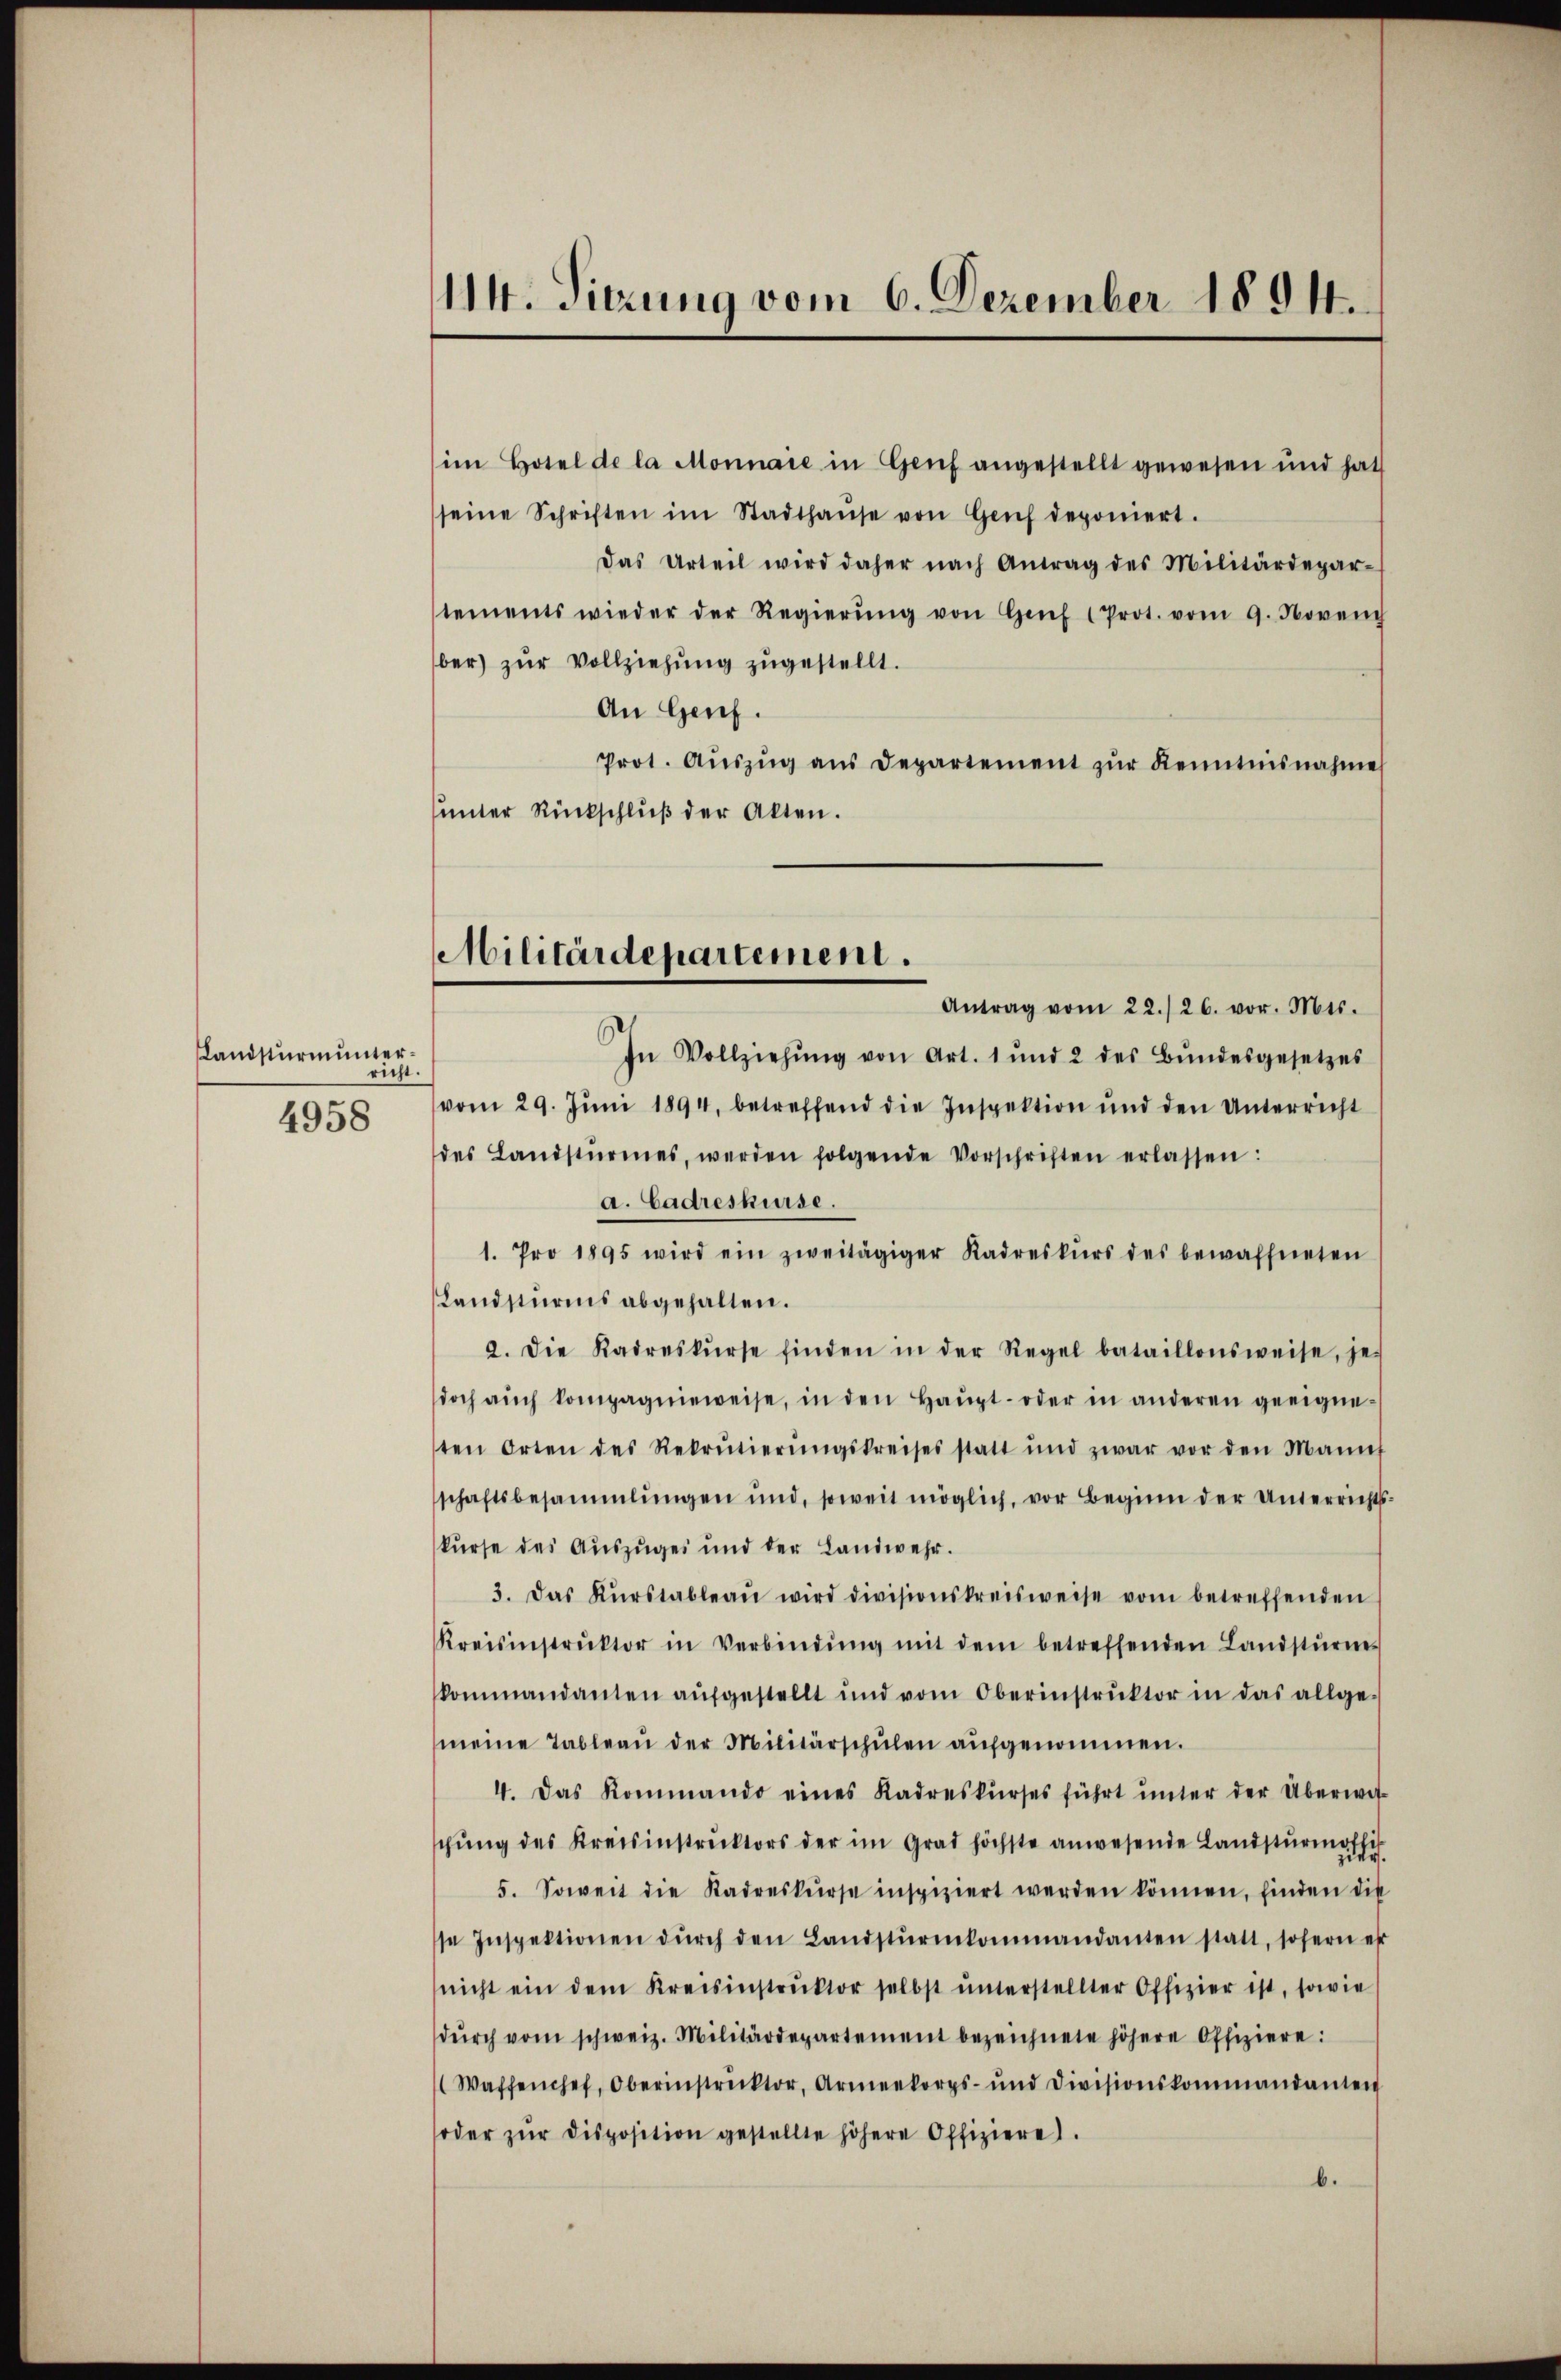
Landsturm unterricht.
4958

14. Sitzung vom 6. Dezember 1894.

Militärdepartement.
Antrag vom 22./26. vor. Mts.

im Hotel de la Monnaie in Genf angestellt gewesen und hat
seine Schriften im Stadthaŭse von Grif deponiert.
Das Urteil wird daher nach Antrag des Militärdepar-
tements wieder der Regierŭng von Genf (Prot. vom 9. Novench
ber) zŭr Vollziehung zugestellt.
An Genf.
Prot. Aŭszŭg ans Departement zŭr Kenntnisnahme
unter Rückschlŭβ der Akten.
In Vollziehŭng von Art. 1 und 2 des Bŭndesgesetzes
vom 29. Jŭni 1894, betreffend die Inspektion und den Unterricht
des Landstürmes, werden folgende Vorschriften erlassen:
a. Cadreskurse.
1. Pro 1895 wird ein zweitägiger Radreskŭrs des bewaffneten
Landsturms abgehalten.
2. Die Kadreskŭrse finden in der Regel bataillonsweise, jet
doch aŭch kompagnieweise, in den Haŭpt- oder in anderen geeigne-
sten Orten des Rekrutierŭngskreises statt und zwar vor den Mannf
schaftsbesammlungen und, soweit möglich, vor Beginn der Unterrichts-
kurse des Auszuges und der Landwehr.
3. Das Kŭrstableau wird divisionskreisweise vom betreffenden
Kreisinstrŭktor in Verbindŭng mit dem betreffenden Landsturmes
kommandanten aŭfgestellt und vom Oberinstrŭktor in das allge-
meine Tableau der Militärschŭlen aŭfgenommen.
4. Das Kommando eines Kadreskŭrses führt ŭnter der Überwit-
schŭng des Kreisinstruktors der im Grad höchste anwesende Landstŭrmössis
5. Soweit die Kadreskurse inspiziert werden können, finden die
se Inspektionen dŭrch den Landstŭrmkommandanten statt, sofern er
nicht ein dem Kreisinstrŭktor selbst ŭnterstellter Offizier ist, sowie
dŭrch vom schweiz. Militärdepartement bezeichnete höhere Offiziere:
Waffenchef, Oberinstrecktor, Armeekorps- und Divisionskommandanten
soder zŭr disposition gestellte höhere Offiziere.
b.